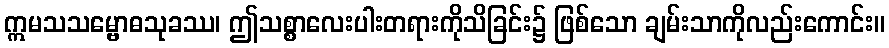
ဣမသသမ္ဗောဓသုခဿ၊ ဤသစ္စာလေးပါးတရားကိုသိခြင်း၌ ဖြစ်သော ချမ်းသာကိုလည်းကောင်း။